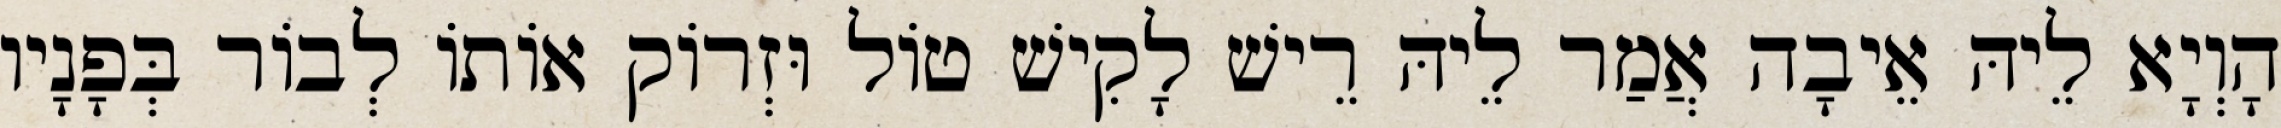
הָוְיָא לֵיהּ אֵיבָה אֲמַר לֵיהּ רֵישׁ לָקִישׁ טוֹל וּזְרוֹק אוֹתוֹ לְבוֹר בְּפָנָיו